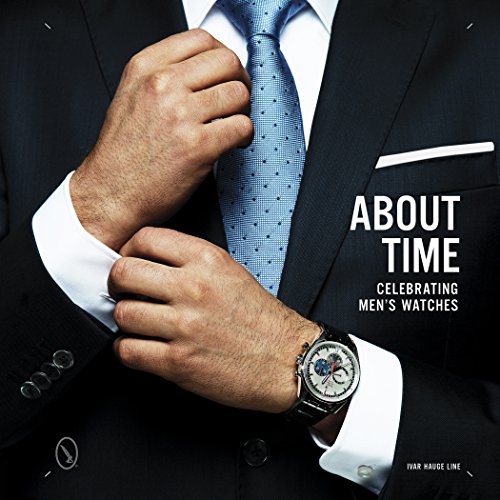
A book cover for About Time: Celebrating Men's Watches; Ivar Line; Crafts, Hobbies & Home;